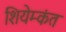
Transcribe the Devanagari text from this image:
शियेम्कंत